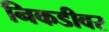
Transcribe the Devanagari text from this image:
निकडीवर